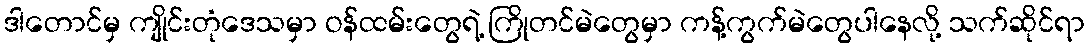
ဒါတောင်မှ ကျိုင်းတုံဒေသမှာ ဝန်ထမ်းတွေရဲ့ ကြိုတင်မဲတွေမှာ ကန့်ကွက်မဲတွေပါနေလို့ သက်ဆိုင်ရာ